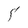
Character: 5